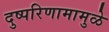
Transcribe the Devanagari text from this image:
दुष्परिणामामुळे